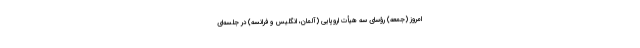
امروز (جمعه) رؤسای سه هیأت اروپایی (آلمان، انگلیس و فرانسه) در جلسه‌ای